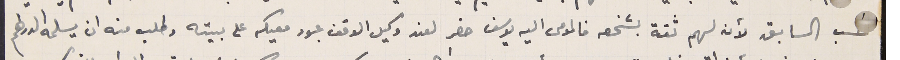
حسب السابق لأن لهم ثقة بشخصه فالمومى اليه يوسف حضر لعند وكيل الوقف عبود معيكه على بيته وطلب منه ان يسلمه الدراهم